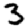
Digit: 3